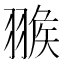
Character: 𦑚